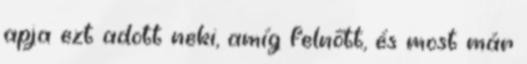
apja ezt adott neki, amíg felnőtt, és most már